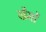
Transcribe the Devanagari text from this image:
खैमों